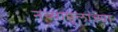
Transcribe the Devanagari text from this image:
नव्यापुलाच्या